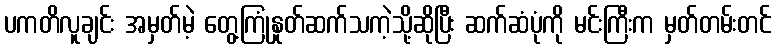
ပကတိလူချင်း အမှတ်မဲ့ တွေ့ကြုံနှုတ်ဆက်သကဲ့သို့ဆိုပြီး ဆက်ဆံပုံကို မင်းကြီးက မှတ်တမ်းတင်